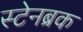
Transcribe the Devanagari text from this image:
स्टेनब्रक